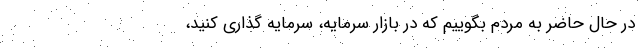
در حال حاضر به مردم بگوییم که در بازار سرمایه، سرمایه گذاری کنید،